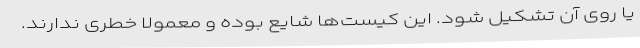
یا روی آن تشکیل شود. این کیست‌ها شایع بوده و معمولاً خطری ندارند.